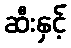
ဆီးနှင့်